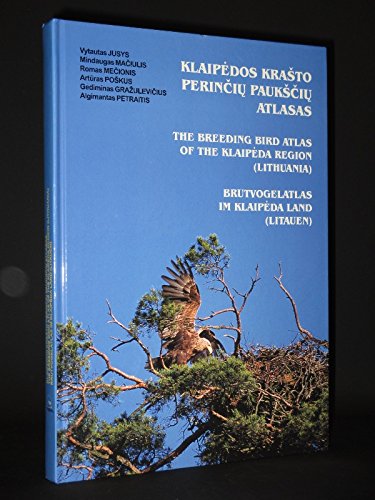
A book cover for Breeding Bird Atlas of the Klaipeda Region (Lithuania), The; ETC.' 'V. JUSYS; Travel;